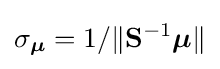
\sigma _{\boldsymbol {\mu }}=1/\lVert \mathbf {S} ^{-1}{\boldsymbol {\mu }}\rVert